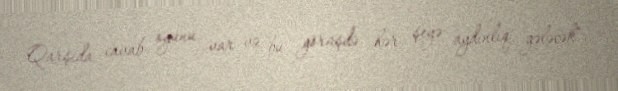
Qarşıda cavab oyunu var və bu görüşdə hər şeyə aydınlıq gələcək".